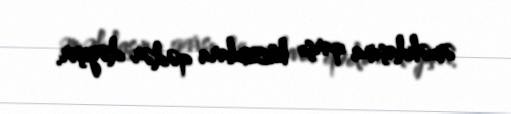
əməkdaşına qarşı hücumlara qədər dəyişir.